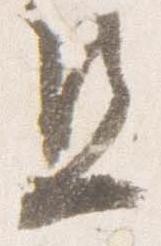
旦